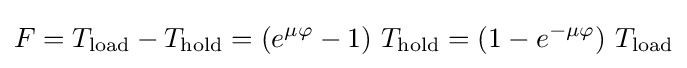
F=T_{\text{load}}-T_{\text{hold}}=(e^{\mu \varphi }-1)~T_{\text{hold}}=(1-e^{-\mu \varphi })~T_{\text{load}}